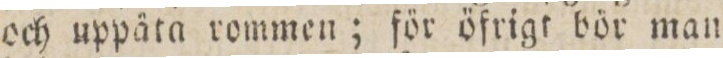
och uppäta rommen; för öfrigt bör man